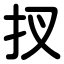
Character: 扠